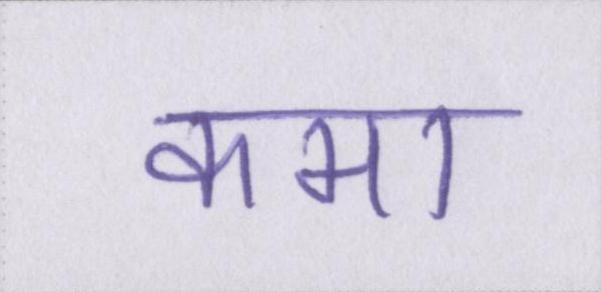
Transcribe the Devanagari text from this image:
कमा